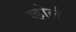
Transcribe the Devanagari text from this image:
व्होर्ल